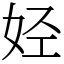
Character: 𫰛